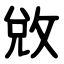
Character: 敓